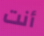
أنت